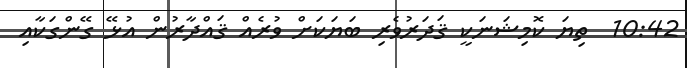
10:42  ތިޔަ ކޮމިޝަނަކީ ޤަދަރުވެރި ބަޔަކަށް ވުރެއް ޤައްދާރުން އުޅޭ ގޭންގަކާއި